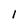
Character: 1